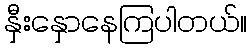
နှီးနှောနေကြပါတယ်။